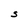
Character: S